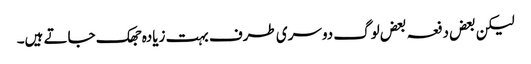
لیکن بعض دفعہ بعض لوگ دوسری طرف بہت زیادہ جھک جاتے ہیں۔